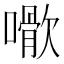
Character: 𡁌